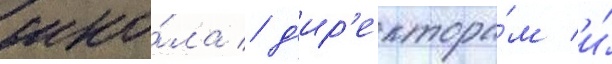
шко́ла / д'ир'ектора́м и́